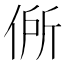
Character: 𬾟